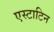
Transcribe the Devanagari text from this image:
एस्टाटिन